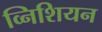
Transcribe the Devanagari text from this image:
व्निशियन